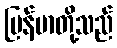
မြန်မာတို့သည်